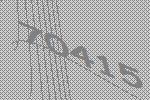
70415